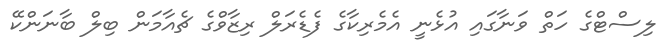
ލިސްޓްގެ ހަތް ވަނާގައި އުޅެނީ އެމެރިކާގެ ފެޑެރަލް ރިޒާވްގެ ޗެއާމަން ބިލް ބާނަންކޭ